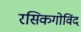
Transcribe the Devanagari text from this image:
रसिकगोविंद